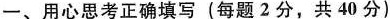
一、用心思考正确填写(每题2分，共40分)